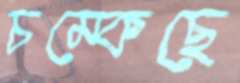
চম্‌কেছে